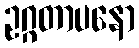
ဥဂ္ဂတာပနော